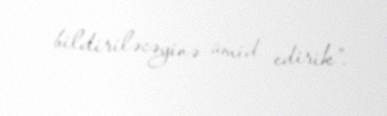
bildiriləcəyinə ümid edirik”.